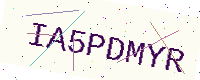
Text: IA5PDMYR